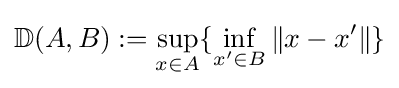
\mathbb {D} (A,B):=\sup _{x\in A}\{\inf _{x'\in B}\|x-x'\|\}